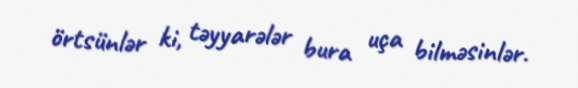
örtsünlər ki, təyyarələr bura uça bilməsinlər.